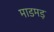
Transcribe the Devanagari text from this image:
माडमड़